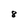
Character: 8